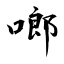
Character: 啷